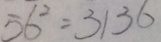
5 6 ^ { 2 } = 3 1 3 6